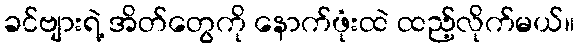
ခင်ဗျားရဲ့ အိတ်တွေကို နောက်ဖုံးထဲ ထည့်လိုက်မယ်။